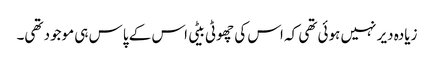
زیادہ دیر نہیں ہوئی تھی کہ اس کی چھوٹی بیٹی اس کے پاس ہی موجود تھی۔